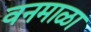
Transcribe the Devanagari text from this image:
वनमाळा